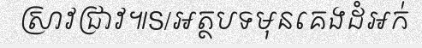
ស្រាវជ្រាវ៕S/អត្ថបទមុនគេងដំអក់